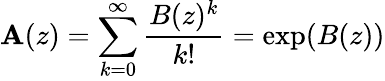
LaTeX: \mathbf{A}(z)=\sum_{k=0}^{\infty}{\frac{{B(z)^{k}}}{{k!}}}=\exp(B(z))